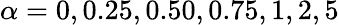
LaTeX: \alpha=0,0.25,0.50,0.75,1,2,5